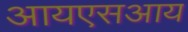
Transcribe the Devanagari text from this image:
आयएसआय